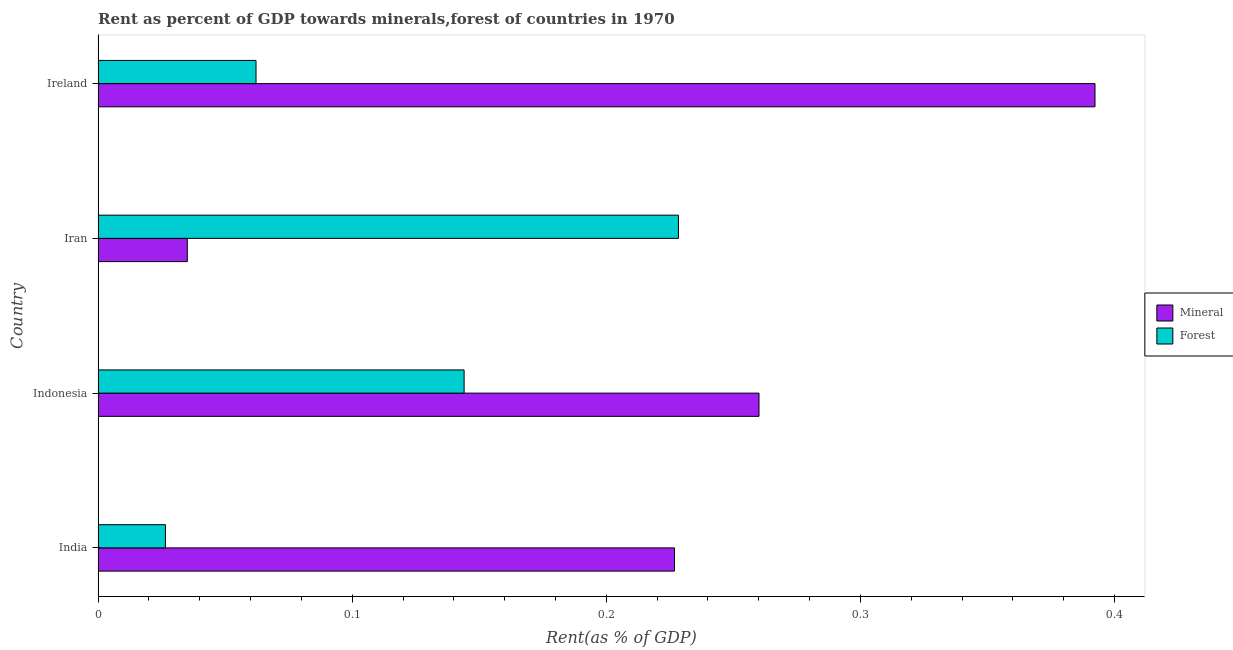
| Country | Mineral | Forest |
 | --- | --- | --- |
 | India | 0.227 | 0.0265 |
 | Indonesia | 0.26 | 0.144 |
 | Iran | 0.0351 | 0.228 |
 | Ireland | 0.392 | 0.0621 |